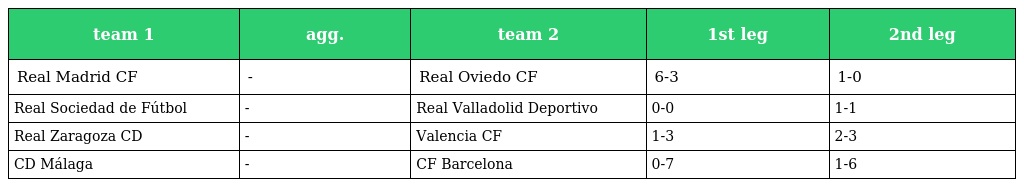
| team 1 | agg. | team 2 | 1st leg | 2nd leg |
 | --- | --- | --- | --- | --- |
 | Real Madrid CF | - | Real Oviedo CF | 6-3 | 1-0 |
 | Real Sociedad de Fútbol | - | Real Valladolid Deportivo | 0-0 | 1-1 |
 | Real Zaragoza CD | - | Valencia CF | 1-3 | 2-3 |
 | CD Málaga | - | CF Barcelona | 0-7 | 1-6 |